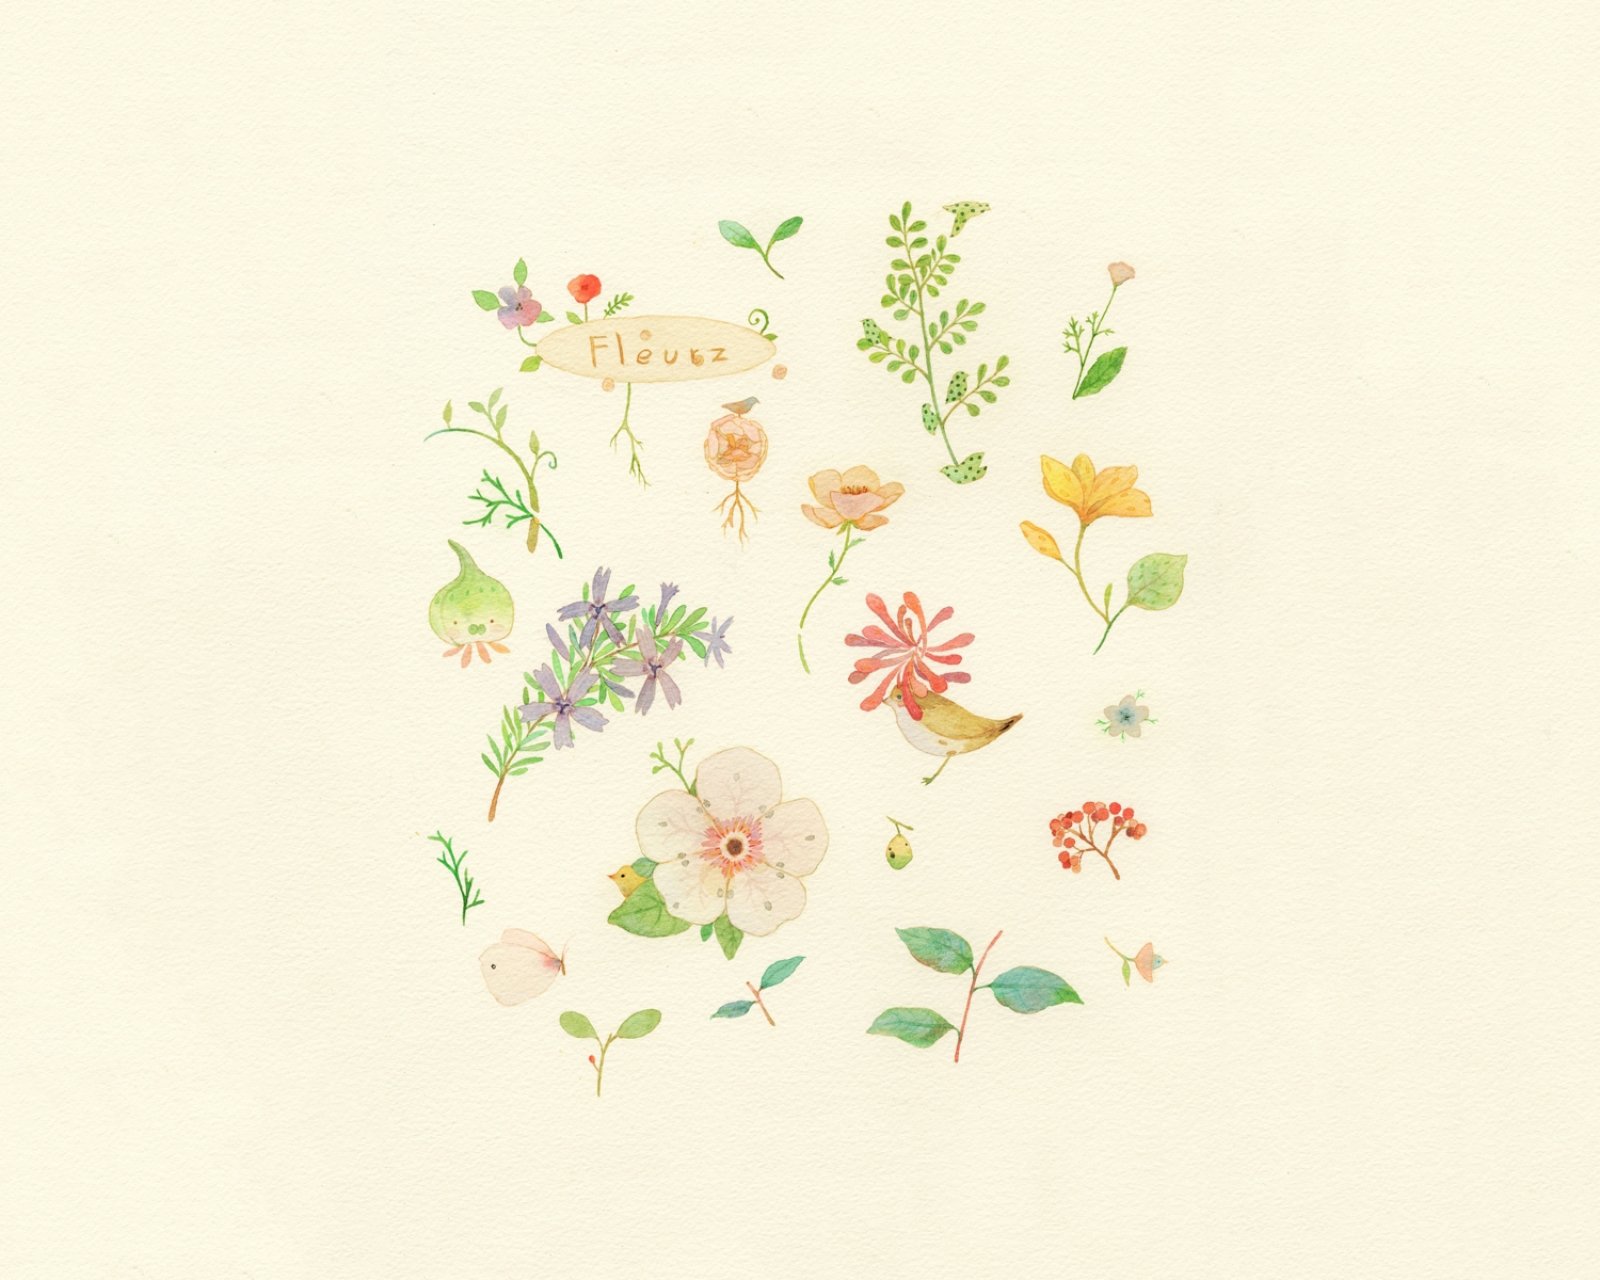
游女带花偎伴笑，争窈窕，竞折团荷遮晚照。